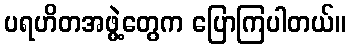
ပရဟိတအဖွဲ့တွေက ပြောကြပါတယ်။